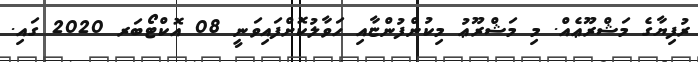
ރުފިޔާގެ މަޝްރޫޢެއް. މި މަޝްރޫޢު މިކުންފުންޏާއި ހަވާލުކޮށްފައިވަނީ 08 އޮކްޓޯބަރ 2020 ގައި.